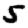
Digit: 5